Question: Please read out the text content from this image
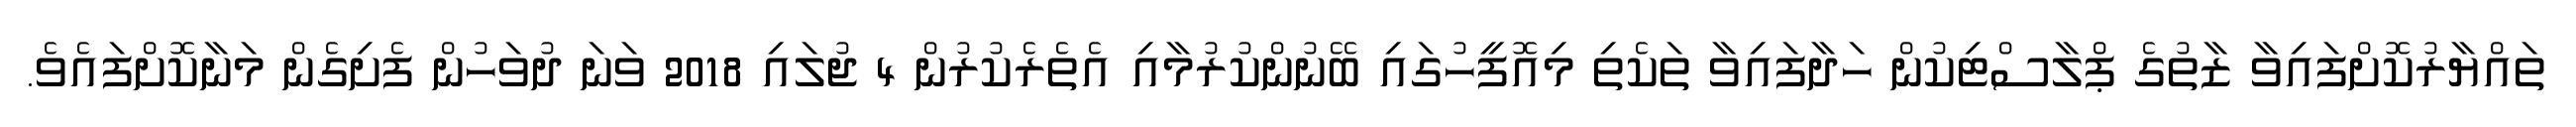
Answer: ތައްޔާރުކޮށްފައިވާ ޒާތުގެ ޕްލާސްޓިކުން ހަދާފައިވާ ތަކެތި މިއޮފީހުގައި ބޭނުންކުރުމާއި އެތެރެކުރުން 4 ޖުލައި 2018 ވަނަ ދުވަހުން ފެށިގެން މަނާކޮށްފައެވެ.